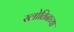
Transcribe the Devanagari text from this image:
स्लोतिनच्या